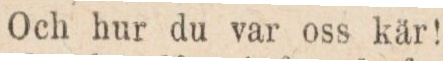
Och hur du var oss kär!